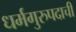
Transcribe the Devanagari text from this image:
धर्मगुरुपदाची